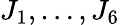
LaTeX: J_{1},\ldots,J_{6}